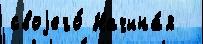
своjего́ Начина́я